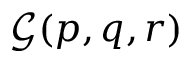
{ \mathcal { G } } ( p , q , r )